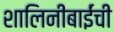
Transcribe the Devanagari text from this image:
शालिनीबाईंची